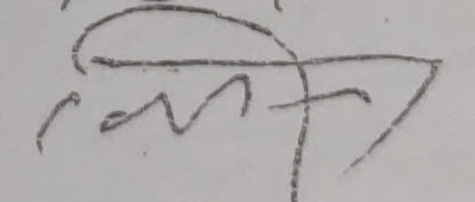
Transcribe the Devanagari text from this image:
मल